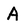
Character: A